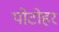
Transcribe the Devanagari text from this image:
पोटोहर